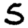
Digit: 5